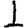
Digit: 1